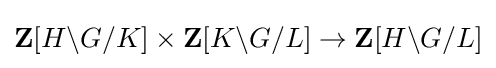
\mathbf {Z} [H\backslash G/K]\times \mathbf {Z} [K\backslash G/L]\to \mathbf {Z} [H\backslash G/L]